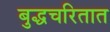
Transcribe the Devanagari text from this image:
बुद्धचरितात